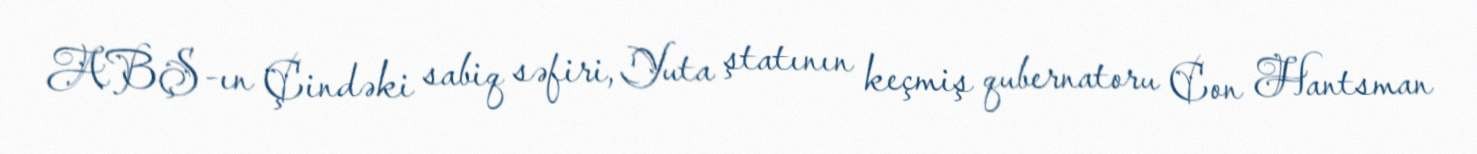
ABŞ-ın Çindəki sabiq səfiri, Yuta ştatının keçmiş qubernatoru Con Hantsman